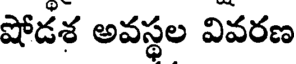
షోడశ అవస్థల వివరణ